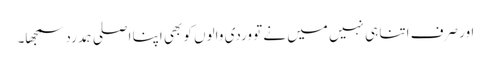
اور صرف اتنا ہی نہیں میں نے تو وردی والوں کو بھی اپنا اصلی ہمدرد سمجھا۔